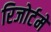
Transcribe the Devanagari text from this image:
रिजोर्टमेँ